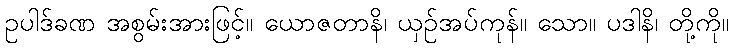
ဥပါဒ်ခဏ အစွမ်းအားဖြင့်။ ယောဇတာနိ၊ ယှဉ်အပ်ကုန်။ သော။ ပဒါနိ၊ တို့ကို။